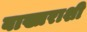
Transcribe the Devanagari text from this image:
बाख्तराशी